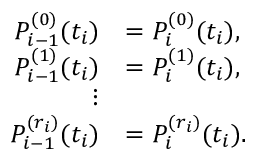
{ \begin{array} { r l } { P _ { i - 1 } ^ { ( 0 ) } ( t _ { i } ) } & { = P _ { i } ^ { ( 0 ) } ( t _ { i } ) , } \\ { P _ { i - 1 } ^ { ( 1 ) } ( t _ { i } ) } & { = P _ { i } ^ { ( 1 ) } ( t _ { i } ) , } \\ { \vdots } & { } \\ { P _ { i - 1 } ^ { ( r _ { i } ) } ( t _ { i } ) } & { = P _ { i } ^ { ( r _ { i } ) } ( t _ { i } ) . } \end{array} }